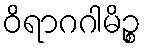
ဝိရာဂဂါမိဉ္စ